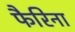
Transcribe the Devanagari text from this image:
फैरिना